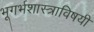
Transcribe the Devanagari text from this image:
भूगर्भशास्त्राविषयी